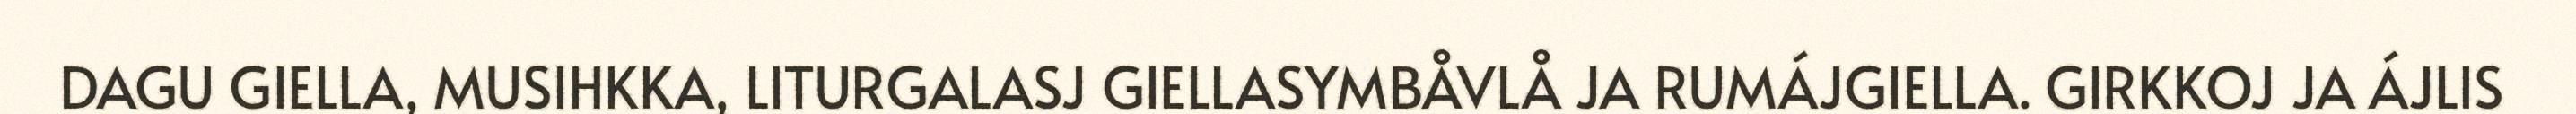
DAGU GIELLA, MUSIHKKA, LITURGALASJ GIELLASYMBÅVLÅ JA RUMÁJGIELLA. GIRKKOJ JA ÁJLIS